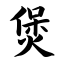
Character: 煲